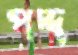
পদ্দ